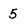
Character: 5